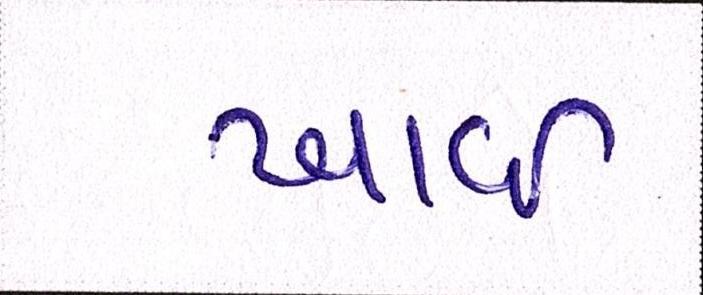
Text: ખાઈ